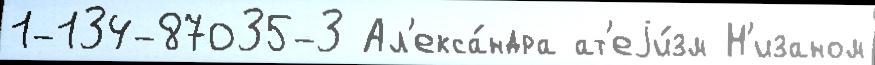
1-134-87035-3 Ал'екса́ндра ат'еjи́зм Н'изаном